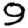
Digit: 9